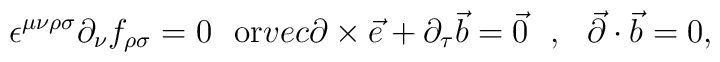
\epsilon^{\mu\nu\rho\sigma}\partial_\nu f_{\rho\sigma}=0\ \ {\rm or}\ \\vec{\partial}\times\vec{e}+\partial_\tau\vec{b}=\vec{0}\ \ ,\ \ \vec{\partial}\cdot\vec{b}=0,